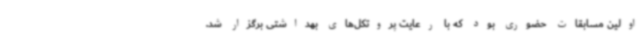
اولین مسابقات حضوری بود که با رعایت پروتکل‌های بهداشتی برگزار شد.